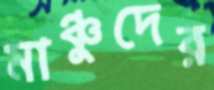
মাঞ্চুদের